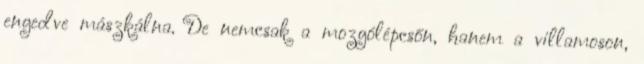
engedve mászkálna. De nemcsak a mozgólépcsőn, hanem a villamoson,